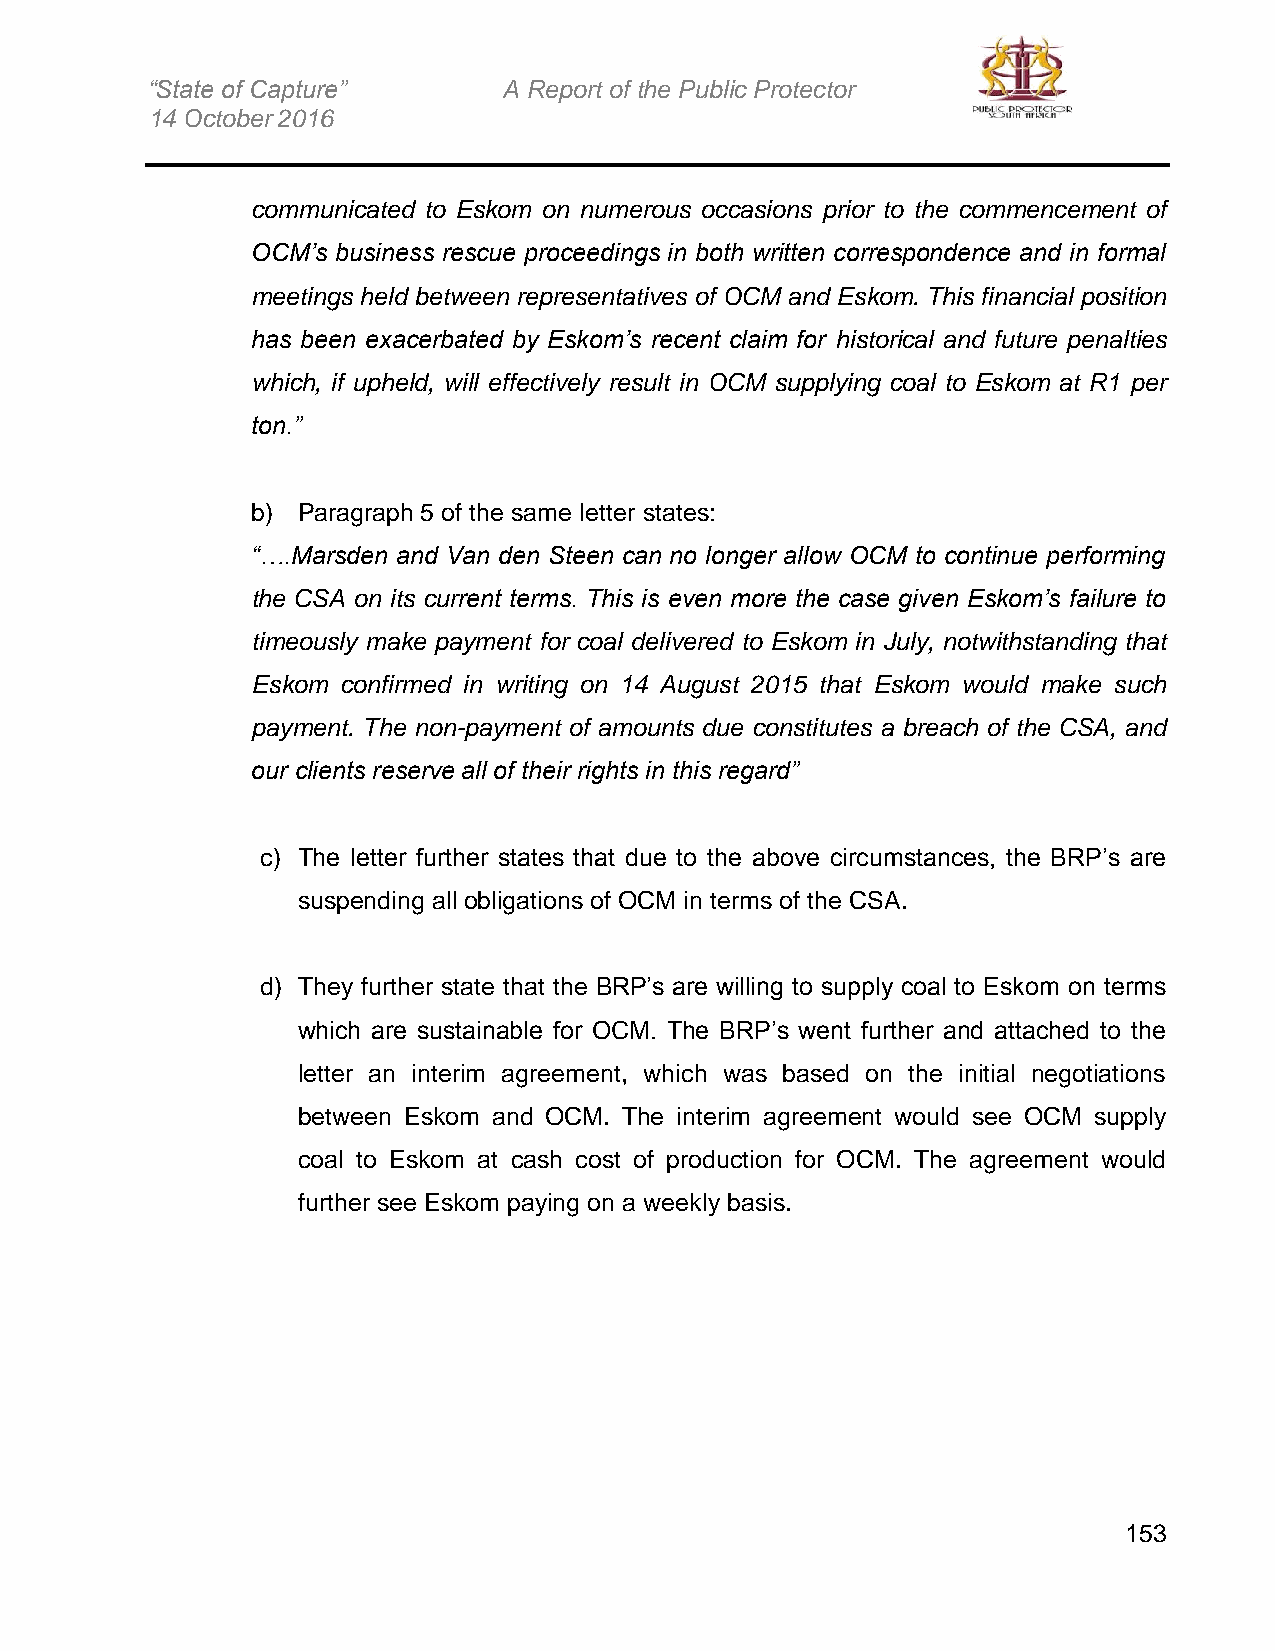
“State of Capture”     A Report of the Public Protector
 14 October 2016
 communicated to Eskom on numerous occasions prior to the commencement of
 OCM’s business rescue proceedings in both written correspondence and in formal
 meetings held between representatives of OCM and Eskom. This financial position
 has been exacerbated by Eskom’s recent claim for historical and future penalties
 which, if upheld, will effectively result in OCM supplying coal to Eskom at R1 per
 ton.”
 b) Paragraph 5 of the same letter states:
 “….Marsden and Van den Steen can no longer allow OCM to continue performing
 the CSA on its current terms. This is even more the case given Eskom’s failure to
 timeously make payment for coal delivered to Eskom in July, notwithstanding that
 Eskom confirmed in writing on 14 August 2015 that Eskom would make such
 payment. The non-payment of amounts due constitutes a breach of the CSA, and
 our clients reserve all of their rights in this regard”
 c) The letter further states that due to the above circumstances, the BRP’s are
 suspending all obligations of OCM in terms of the CSA.
 d) They further state that the BRP’s are willing to supply coal to Eskom on terms
 which are sustainable for OCM. The BRP’s went further and attached to the
 letter an interim agreement, which was based on the initial negotiations
 between Eskom and OCM. The interim agreement would see OCM supply
 coal to Eskom at cash cost of production for OCM. The agreement would
 further see Eskom paying on a weekly basis.
 153